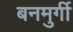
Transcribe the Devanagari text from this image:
बनमुर्गी